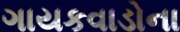
ગાયકવાડોના